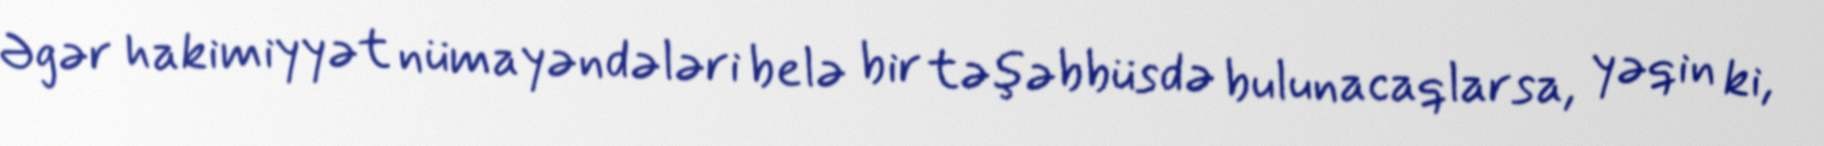
Əgər hakimiyyət nümayəndələri belə bir təşəbbüsdə bulunacaqlarsa, yəqin ki,